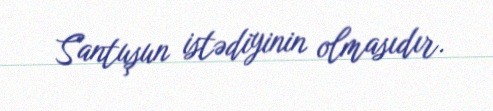
Santuşun istədiyinin olmasıdır.